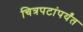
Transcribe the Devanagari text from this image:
चित्रपटांपर्यंत